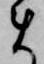
ま